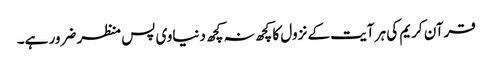
قرآن کریم کی ہر آیت کے نزول کا کچھ نہ کچھ دنیاوی پس منظر ضرور ہے۔